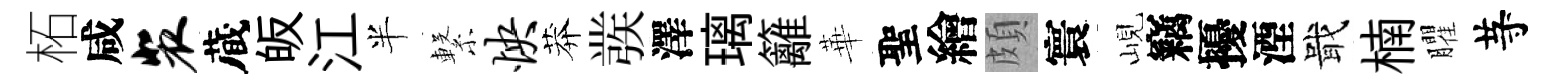
柘咸裴蔵皈江半繋怏莽彂澤璃籬華聖繪頗寰峴竊擾湮戢楠臞䒭